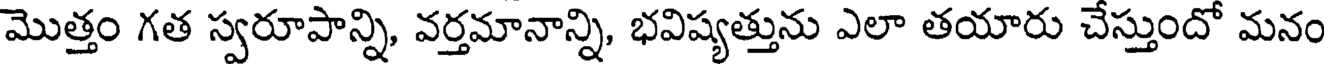
మొత్తం గత స్వరూపాన్ని, వర్తమానాన్ని, భవిష్యత్తును ఎలా తయారు చేస్తుందో మనం